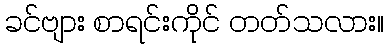
ခင်ဗျား စာရင်းကိုင် တတ်သလား။